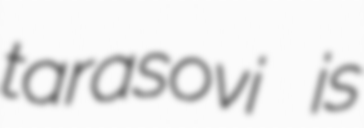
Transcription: tarasovi is